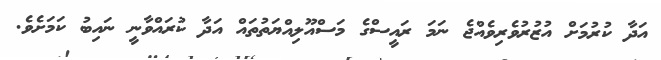
އަދާ ކުރުމަށް އުޒުރުވެރިވެއްޖެ ނަމަ ރައީސްގެ މަސްއޫލިއްޔަތުތައް އަދާ ކުރައްވާނީ ނައިބު ކަމަށެވެ.